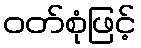
ဝတ်စုံဖြင့်